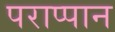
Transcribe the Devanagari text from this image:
पराप्पान